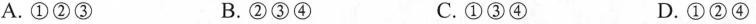
A.①②③ B.②③④ C.①③④ D.①②④